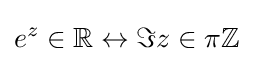
e^{z}\in \mathbb {R} \leftrightarrow \Im z\in \pi \mathbb {Z}